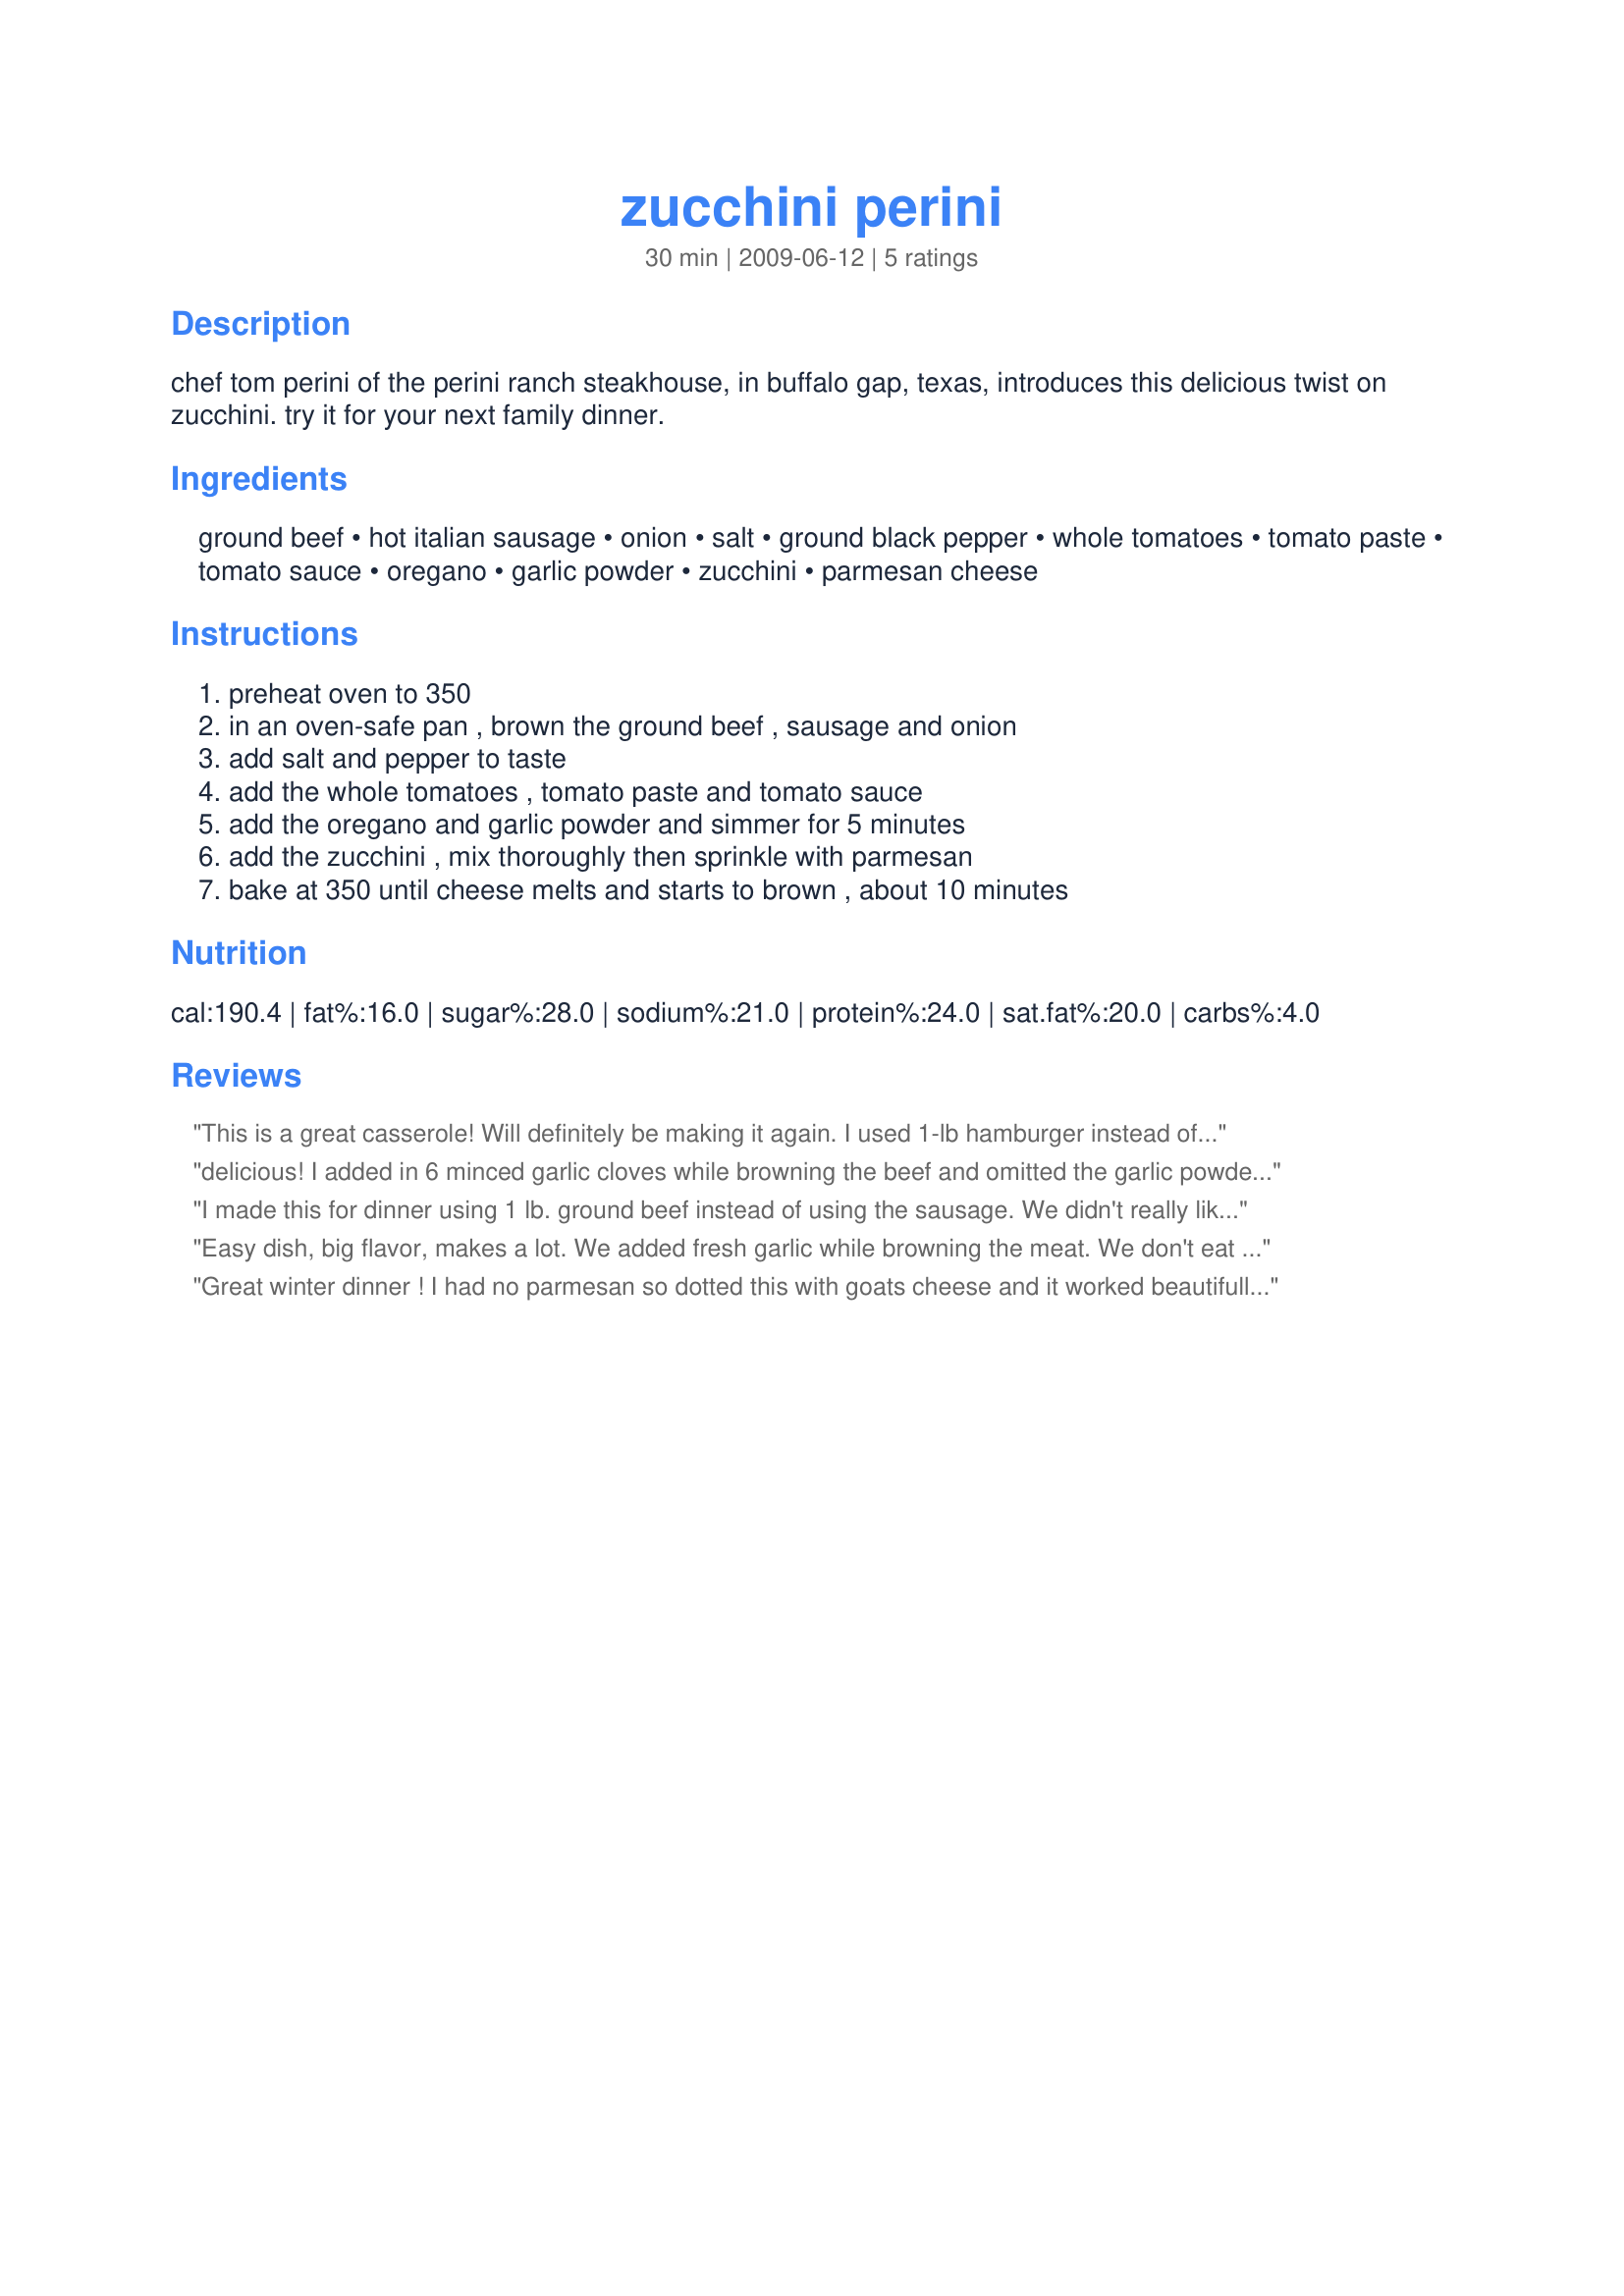
zucchini perini
Preparation time: 30 minutes

chef tom perini of the perini ranch steakhouse, in buffalo gap, texas, introduces this delicious twist on zucchini. try it for your next family dinner.

Ingredients:
ground beef, hot italian sausage, onion, salt, ground black pepper, whole tomatoes, tomato paste, tomato sauce, oregano, garlic powder, zucchini, parmesan cheese

Steps:
preheat oven to 350, in an oven-safe pan , brown the ground beef , sausage and onion, add salt and pepper to taste, add the whole tomatoes , tomato paste and tomato sauce, add the oregano and garlic powder and simmer for 5 minutes, add the zucchini , mix thoroughly then sprinkle with parmesan, bake at 350 until cheese melts and starts to brown , about 10 minutes

Reviews:
This is a great casserole! Will definitely be making it again. 

I used 1-lb hamburger instead of 1/2-lb; a 14-oz can (I think that's the size) of diced tomatoes with green chilis instead of the 1/4-c tomato sauce and the 28-oz can of whole tomatoes; fresh cloves of garlic instead of powdered; and I also swapped fresh cilantro for the oregano.
delicious! I added in 6 minced garlic cloves while browning the beef and omitted the garlic powder and also 2 teaspoons crushed chili flakes, used seasoned salt, I did some amount adjustments also, I made this early in the day yesterday and forgot to rate it, sent it home with my DS for him to enjoy, thanks for sharing TX!
I made this for dinner using 1 lb. ground beef instead of using the sausage. We didn't really like it like that which is why I am rating it without stars. It was a bit bland, which certainly wouldn't be a problem with hot Italian sausage. I used quite a bit more than a dash of salt, pepper, and garlic powder. It only served 5 of us as a one-dish main. Maybe this would be better on a buffet line or as a meaty side vegetable.
Easy dish, big flavor, makes a lot. We added fresh garlic while browning the meat. We don't eat beef or pork so we used turkey Italian sausage and ground turkey. Otherwise we followed the recipe exactly. Next time I will add the zucchini earlier or slice it thinner but the flavor is terrific and it's an easy dish to put together. Served it with bowtie pasta.
Great winter dinner ! I had no parmesan so dotted this with goats cheese and it worked beautifully with the zucchini - it was loved by all !!!! Thanks MB !!
